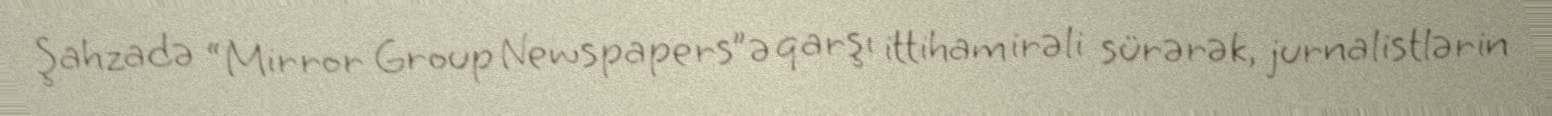
Şahzadə “Mirror Group Newspapers”ə qarşı ittiham irəli sürərək, jurnalistlərin